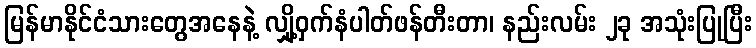
မြန်မာနိုင်ငံသားတွေအနေနဲ့ လျှို့ဝှက်နံပါတ်ဖန်တီးတာ၊ နည်းလမ်း ၂ခု အသုံးပြုပြီး